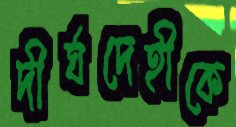
দীর্ঘদেহীকে